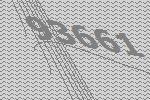
93661